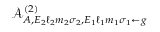
\mathcal { A } _ { A , E _ { 2 } \ell _ { 2 } m _ { 2 } \sigma _ { 2 } , E _ { 1 } \ell _ { 1 } m _ { 1 } \sigma _ { 1 } \gets g } ^ { ( 2 ) }